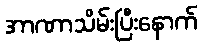
အာဏာသိမ်းပြီးနောက်